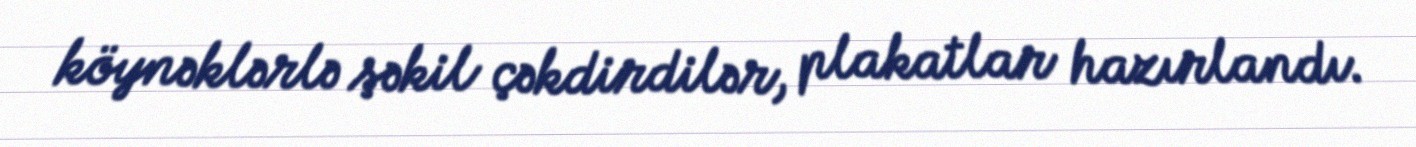
köynəklərlə şəkil çəkdirdilər, plakatlar hazırlandı.